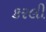
કરલી